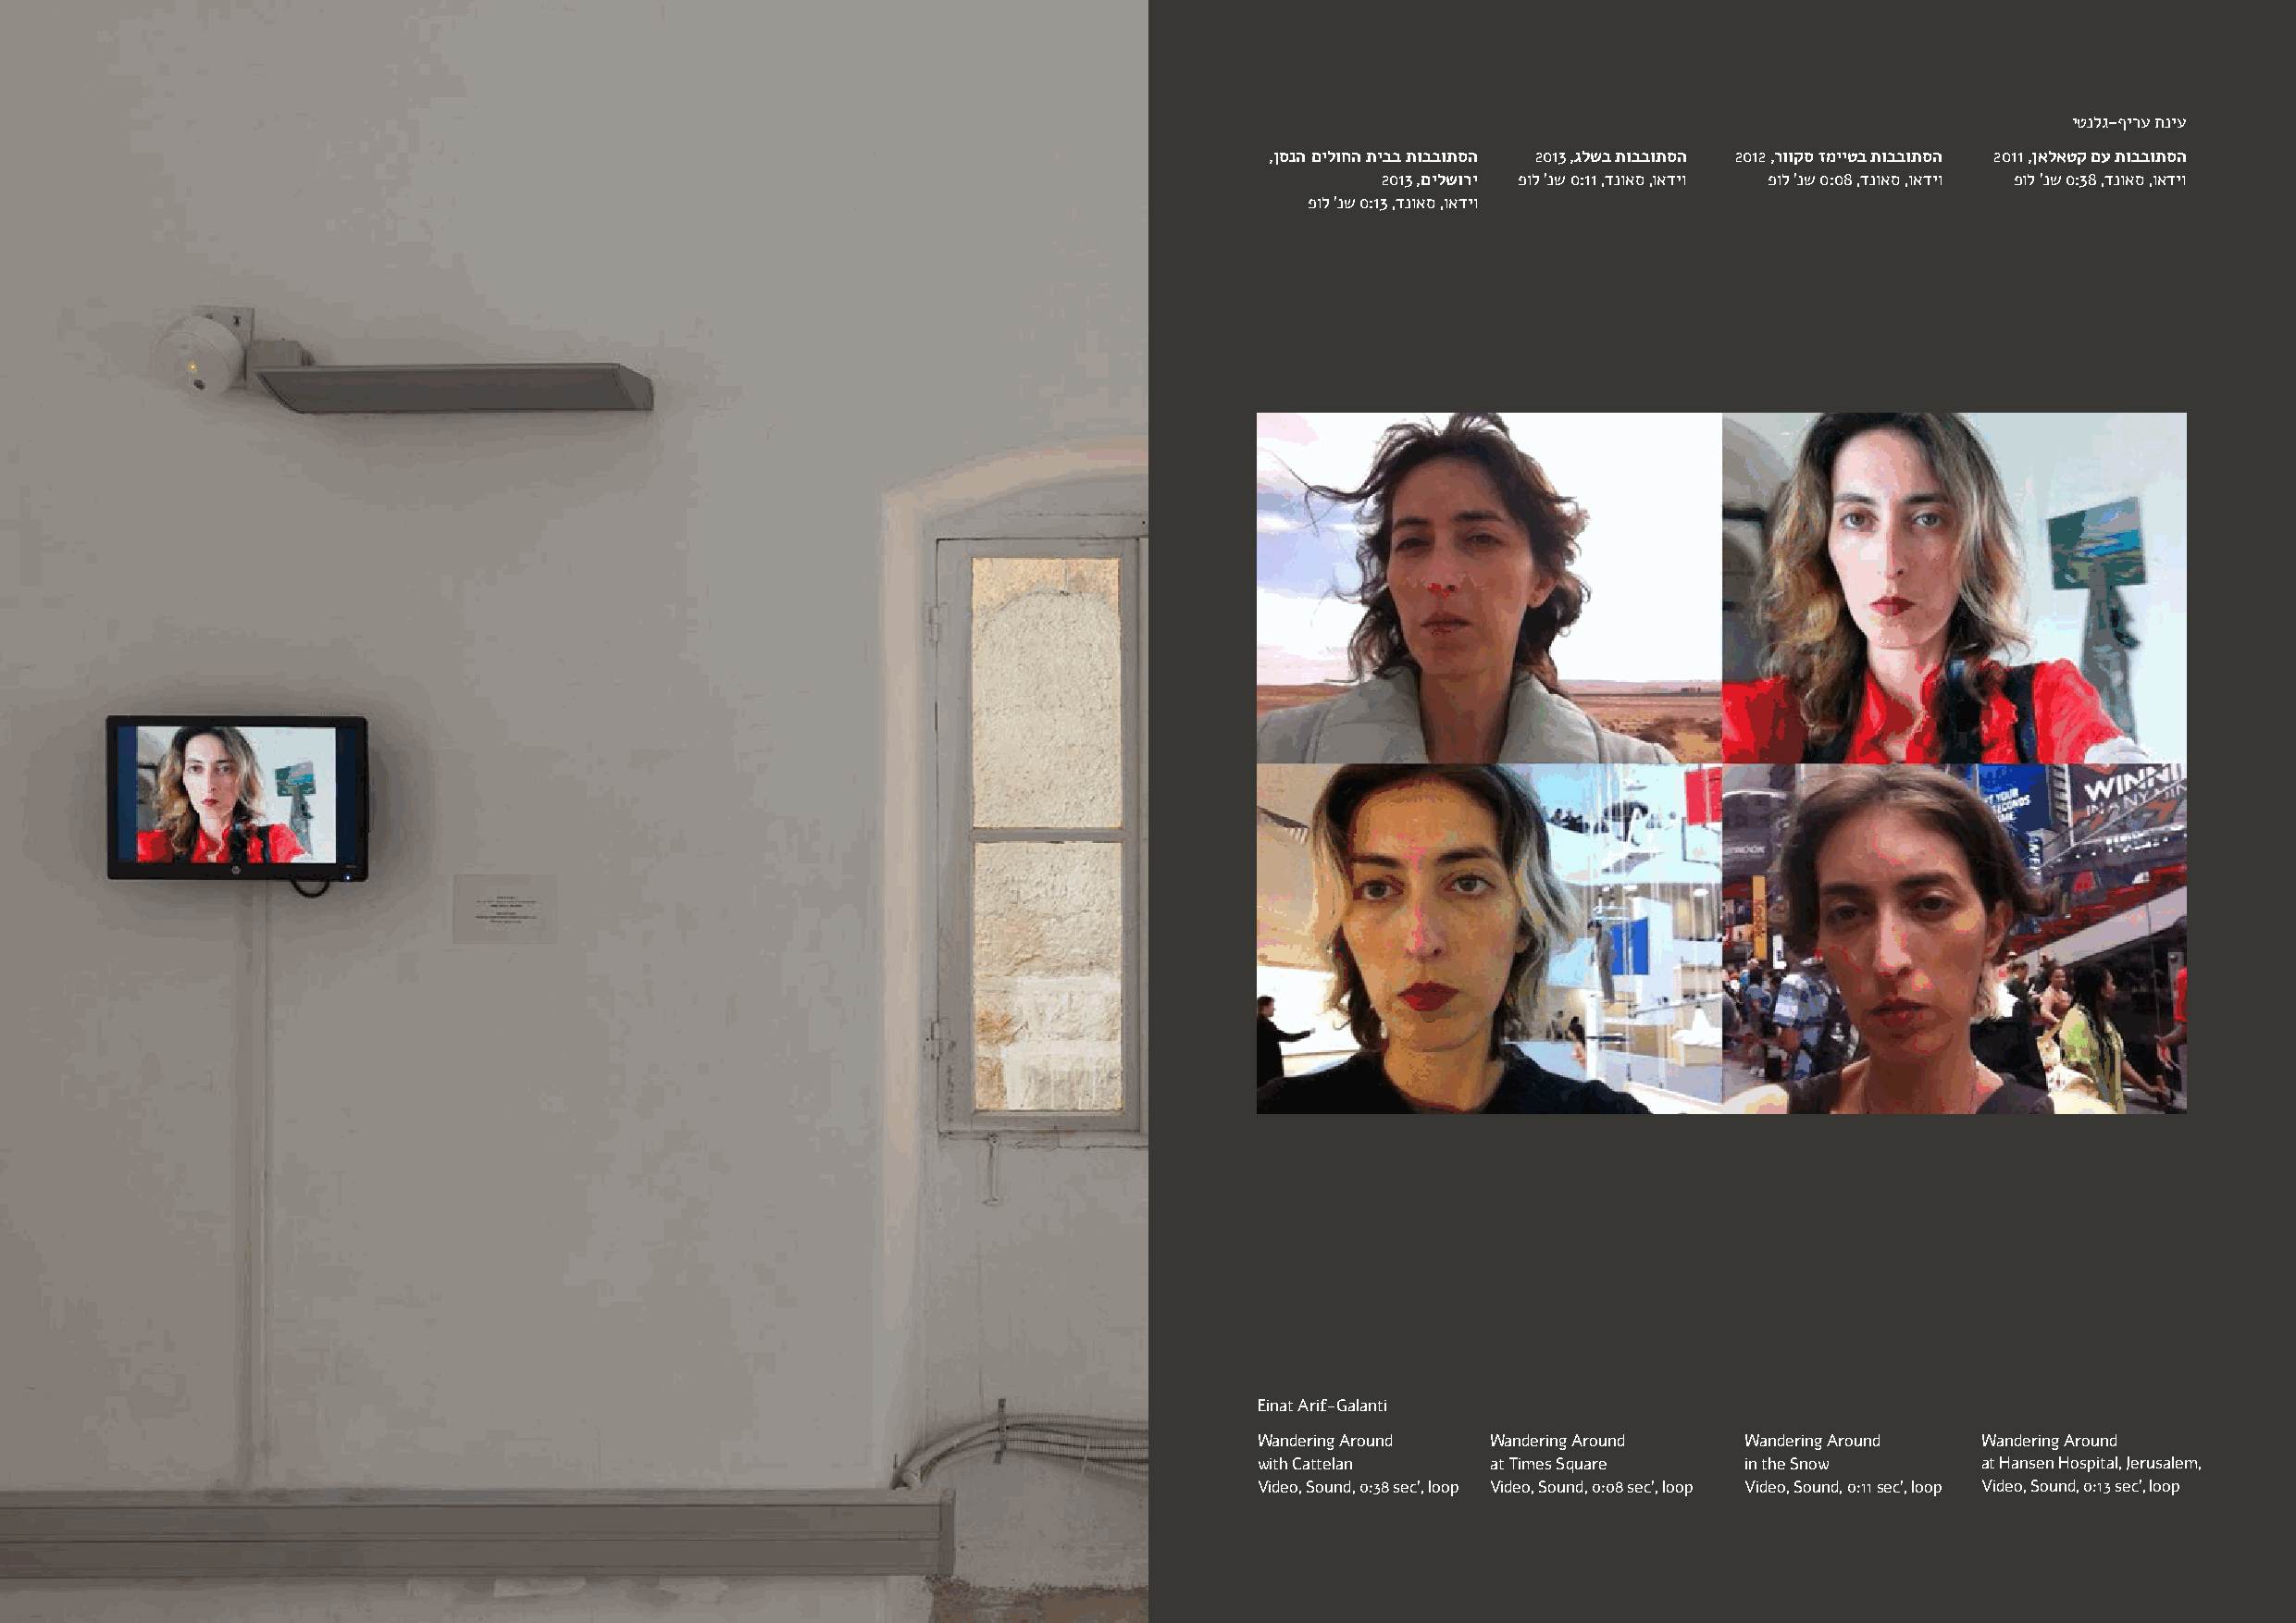
Amit Berlowitz                                                                                                                              יטנלג-ףירע תניע
 Snow, 2013
 ,ןסנה םילוחה תיבב תובבותסה 2013 ,גלשב תובבותסה 2012 ,רווקס זמייטב תובבותסה 2011 ,ןאלאטק םע תובבותסה
 16 mm color film
 2013 ,םילשורי פול 'נש 0:11 ,דנואס ,ואדיו פול 'נש 0:08 ,דנואס ,ואדיו פול 'נש 0:38 ,דנואס ,ואדיו
 2:40 min
 פול 'נש 0:13 ,דנואס ,ואדיו
 Einat Arif-Galanti
 Wandering Around Wandering Around  Wandering Around Wandering Around
 with Cattelan    at Times Square   in the Snow      at Hansen Hospital, Jerusalem,
 Video, Sound, 0:38 sec', loop Video, Sound, 0:08 sec', loop Video, Sound, 0:11 sec', loop Video, Sound, 0:13 sec', loop